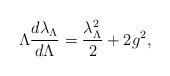
\begin{align*}\Lambda{d\lambda_{\Lambda}\over d\Lambda}={\lambda_{\Lambda}^{2}\over 2}+2g^{2},\end{align*}